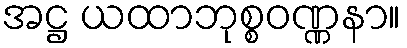
အဋ္ဌ ယထာဘုစ္စဝဏ္ဏနာ။